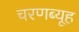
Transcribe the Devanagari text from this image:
चरणब्यूह